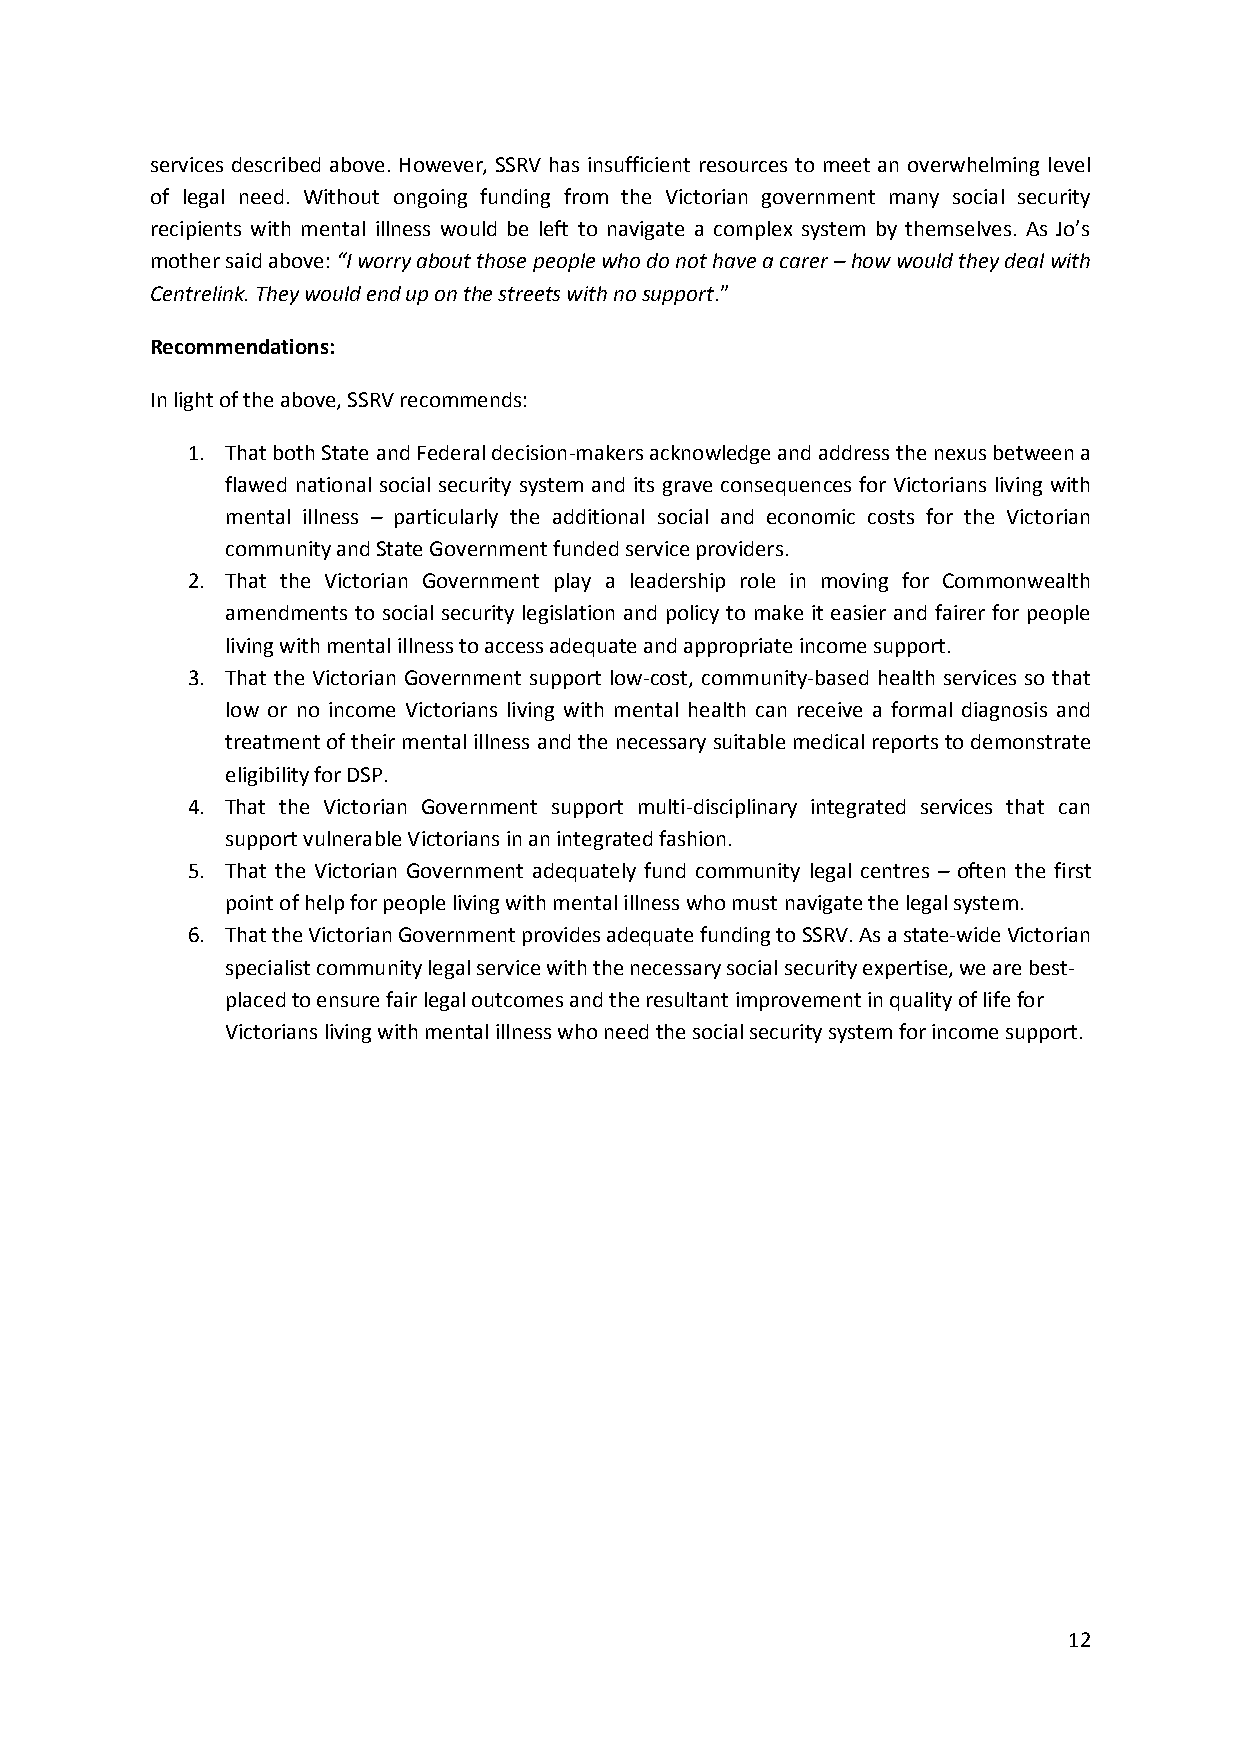
services described above. However, SSRV has insufficient resources to meet an overwhelming level
 of legal need. Without ongoing funding from the Victorian government many social security
 recipients with mental illness would be left to navigate a complex system by themselves. As Jo’s
 mother said above: “I worry about those people who do not have a carer – how would they deal with
 Centrelink. They would end up on the streets with no support.”
 Recommendations:
 In light of the above, SSRV recommends:
 1. That both State and Federal decision-makers acknowledge and address the nexus between a
 flawed national social security system and its grave consequences for Victorians living with
 mental illness – particularly the additional social and economic costs for the Victorian
 community and State Government funded service providers.
 2. That the Victorian Government play a leadership role in moving for Commonwealth
 amendments to social security legislation and policy to make it easier and fairer for people
 living with mental illness to access adequate and appropriate income support.
 3. That the Victorian Government support low-cost, community-based health services so that
 low or no income Victorians living with mental health can receive a formal diagnosis and
 treatment of their mental illness and the necessary suitable medical reports to demonstrate
 eligibility for DSP.
 4. That the Victorian Government support multi-disciplinary integrated services that can
 support vulnerable Victorians in an integrated fashion.
 5. That the Victorian Government adequately fund community legal centres – often the first
 point of help for people living with mental illness who must navigate the legal system.
 6. That the Victorian Government provides adequate funding to SSRV. As a state-wide Victorian
 specialist community legal service with the necessary social security expertise, we are best-
 placed to ensure fair legal outcomes and the resultant improvement in quality of life for
 Victorians living with mental illness who need the social security system for income support.
 12